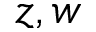
z , w